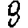
Digit: 8